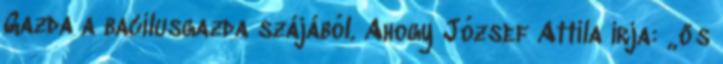
Gazda a bacilusgazda szájából. Ahogy József Attila írja: „ős